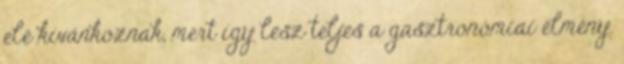
elé kívánkoznak, mert így lesz teljes a gasztronómiai élmény.